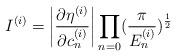
LaTeX: \begin{align*}I^{(i)}=\left| \frac{\partial\eta^{(i)}}{\partial c^{(i)}_n}\right| \prod_{n=0}(\frac{\pi}{E^{(i)}_n})^{\frac{1}{2}}\end{align*}